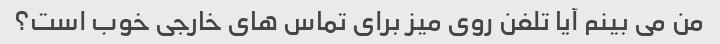
من می بینم آیا تلفن روی میز برای تماس های خارجی خوب است؟